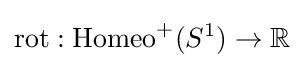
{\text{rot}}:{\text{Homeo}}^{+}(S^{1})\to \mathbb {R}